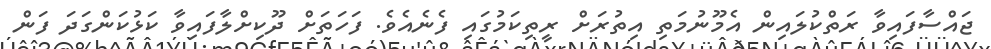
ޖައްސާފައިވާ ރަތްކުލައިން އެމޫނުމަތި އިތުރަށް ރީތިކަމުގައި ފެނެއެވެ. ފަހަތަށް ދޫކިށްލާފައިވާ ކަޅުކަންގަދަ ފަން